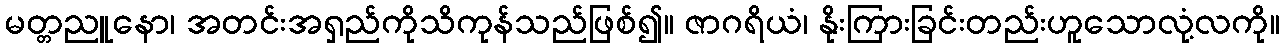
မတ္တညူနော၊ အတင်းအရှည်ကိုသိကုန်သည်ဖြစ်၍။ ဇာဂရိယံ၊ နိုးကြားခြင်းတည်းဟူသောလုံ့လကို။